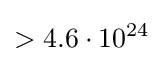
>4.6\cdot 10^{24}